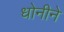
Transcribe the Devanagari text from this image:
धोनीने